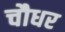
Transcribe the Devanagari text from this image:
चौधर